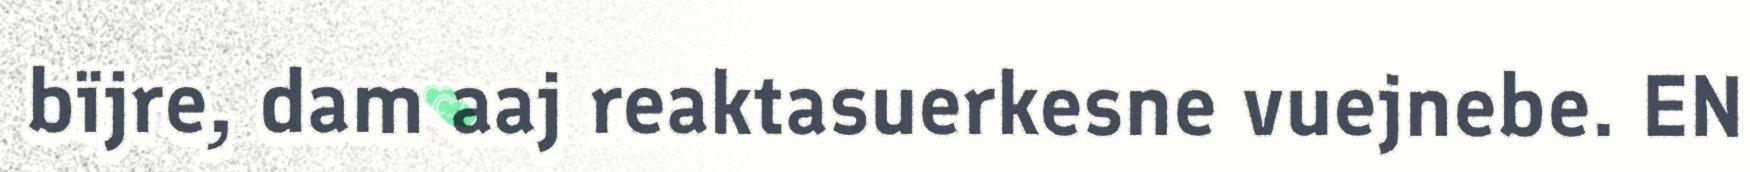
bïjre, dam aaj reaktasuerkesne vuejnebe. EN